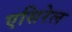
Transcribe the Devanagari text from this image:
एसिरेल